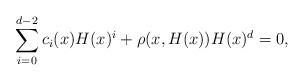
LaTeX: \begin{align*}\sum_{i=0}^{d-2}c_i(x)H(x)^i + \rho(x,H(x))H(x)^d = 0,\end{align*}